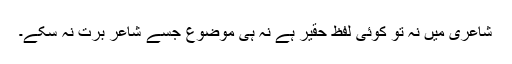
شاعری میں نہ تو کوئی لفظ حقیر ہے نہ ہی موضوع جسے شاعر برت نہ سکے۔